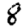
Digit: 8